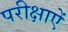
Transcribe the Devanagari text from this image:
परीक्षाऐं